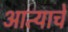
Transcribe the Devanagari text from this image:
आत्याचे